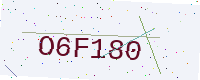
Text: O6F180